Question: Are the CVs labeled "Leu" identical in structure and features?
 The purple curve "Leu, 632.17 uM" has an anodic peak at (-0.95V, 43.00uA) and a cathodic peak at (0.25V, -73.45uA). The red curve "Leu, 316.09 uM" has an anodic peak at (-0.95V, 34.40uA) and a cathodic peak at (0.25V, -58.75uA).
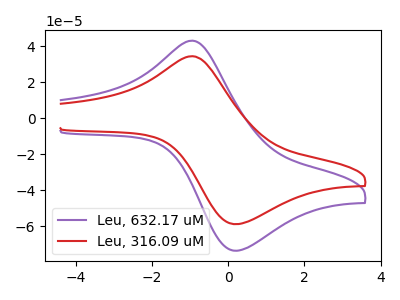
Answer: <think>All the peaks in "Leu, 632.17 uM" have a peak in "Leu, 316.09 uM" at the same potential. Every peak in "Leu, 632.17 uM" is higher than every peak in "Leu, 316.09 uM".
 </think>
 <answer>All the CV's of "Leu" have similar shape.</answer>
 <eval>follow_rule</eval>